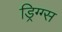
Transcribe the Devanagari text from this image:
ड्रिग्ग्स